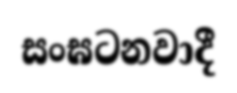
සංඝටනවාදී